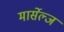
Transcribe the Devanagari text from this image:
मार्सेल्ज